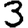
Digit: 3